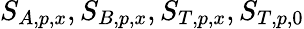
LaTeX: S_{A,p,x},S_{B,p,x},S_{T,p,x},S_{T,p,0}